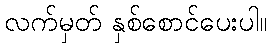
လက်မှတ် နှစ်စောင်ပေးပါ။